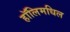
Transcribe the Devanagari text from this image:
हॉलिमधिल